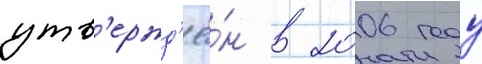
утв'ержд'ё́н в 2006 году